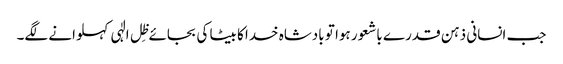
جب انسانی ذہن قدرے باشعور ہوا تو بادشاہ خدا کا بیٹا کی بجائے ظِل الٰہی کہلوانے لگے۔